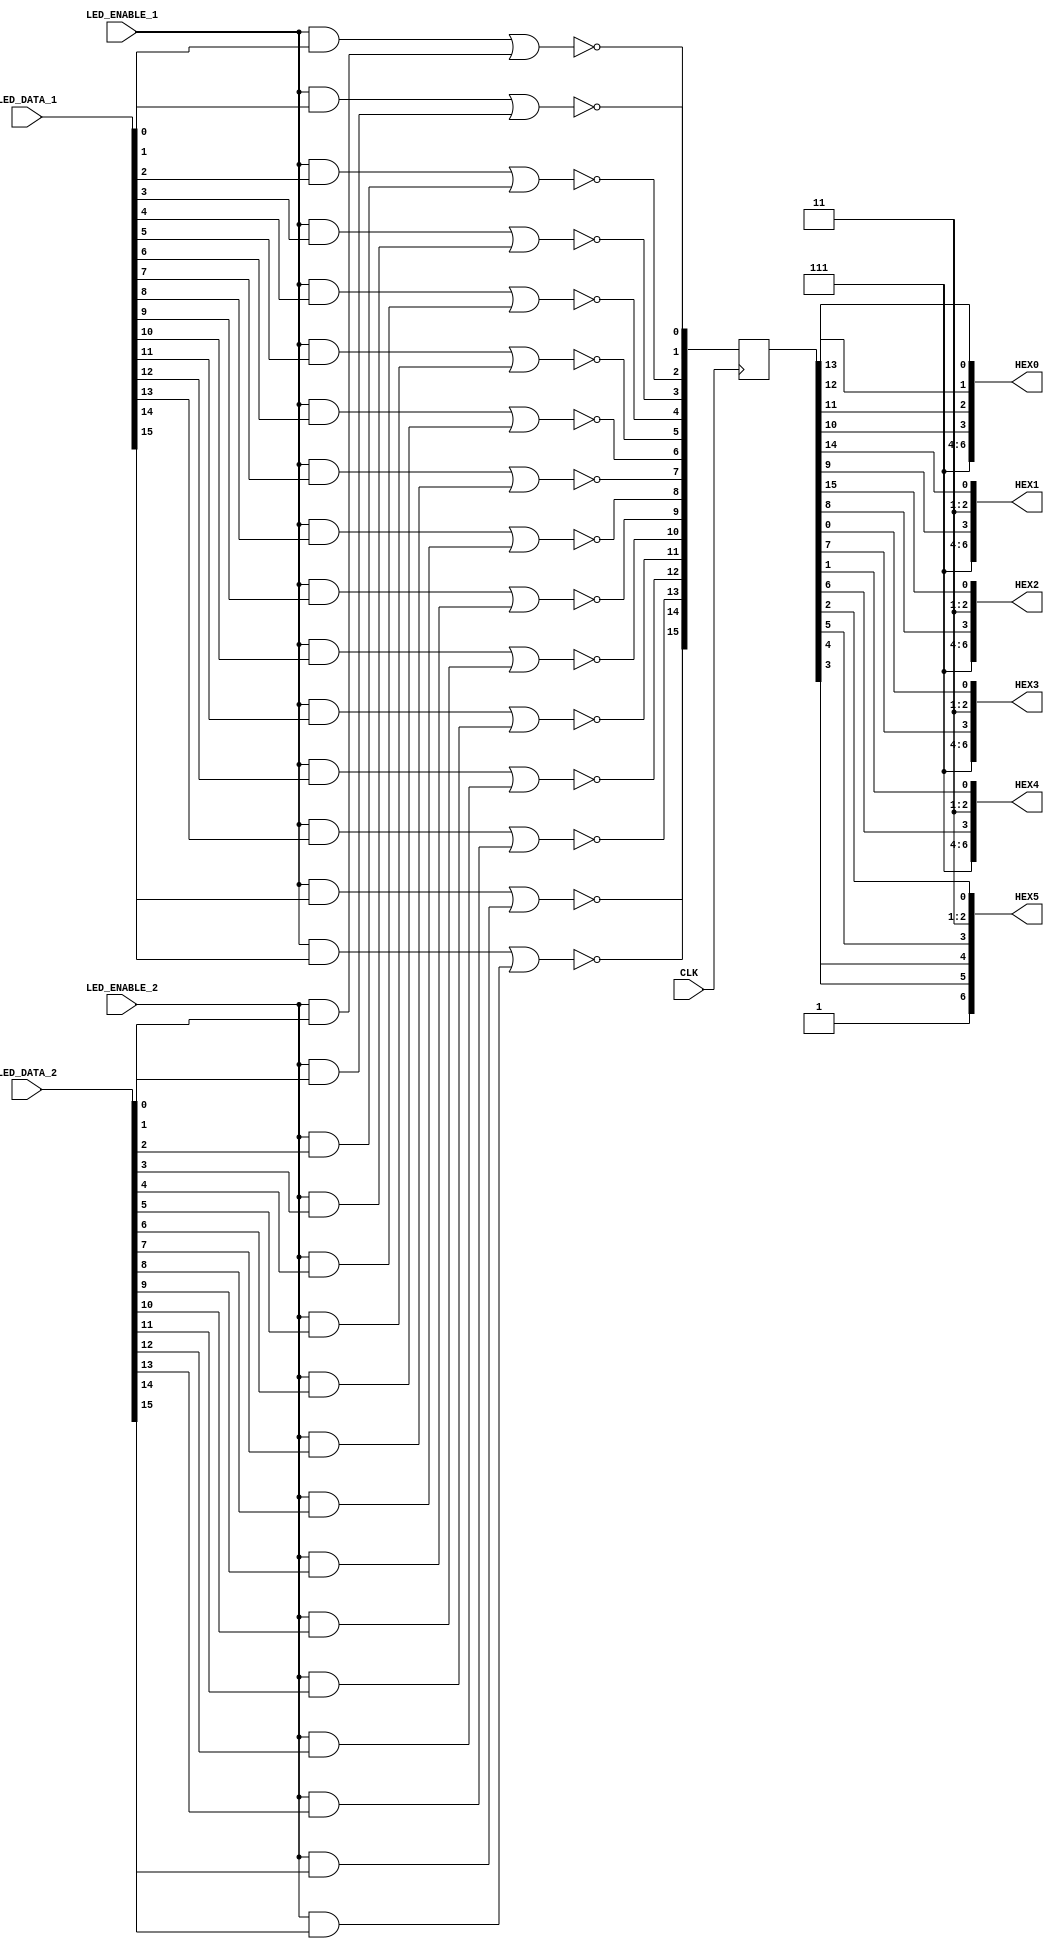
module LED_Segment_Mapper
(
	// Control Signals
	input LED_ENABLE_1,
	input LED_ENABLE_2,
	
	// LED Data Signals
	input [15:0] LED_DATA_1,
	input [15:0] LED_DATA_2,
	
	// Output Signals
	output [6:0] HEX0,
	output [6:0] HEX1,
	output [6:0] HEX2,
	output [6:0] HEX3,
	output [6:0] HEX4,
	output [6:0] HEX5,
	
	// System Signals
	input CLK
);

	//
	// LED Output Registers
	//
	reg [15:0] led_out_reg;
	
	initial
	begin
		led_out_reg = 16'hFFFF;
	end
	
	always @(posedge CLK)
	begin
		led_out_reg[ 0] <= ~( (LED_ENABLE_1 & LED_DATA_1[ 0]) | (LED_ENABLE_2 & LED_DATA_2[ 0]) );
		led_out_reg[ 1] <= ~( (LED_ENABLE_1 & LED_DATA_1[ 1]) | (LED_ENABLE_2 & LED_DATA_2[ 1]) );
		led_out_reg[ 2] <= ~( (LED_ENABLE_1 & LED_DATA_1[ 2]) | (LED_ENABLE_2 & LED_DATA_2[ 2]) );
		led_out_reg[ 3] <= ~( (LED_ENABLE_1 & LED_DATA_1[ 3]) | (LED_ENABLE_2 & LED_DATA_2[ 3]) );
		led_out_reg[ 4] <= ~( (LED_ENABLE_1 & LED_DATA_1[ 4]) | (LED_ENABLE_2 & LED_DATA_2[ 4]) );
		led_out_reg[ 5] <= ~( (LED_ENABLE_1 & LED_DATA_1[ 5]) | (LED_ENABLE_2 & LED_DATA_2[ 5]) );
		led_out_reg[ 6] <= ~( (LED_ENABLE_1 & LED_DATA_1[ 6]) | (LED_ENABLE_2 & LED_DATA_2[ 6]) );
		led_out_reg[ 7] <= ~( (LED_ENABLE_1 & LED_DATA_1[ 7]) | (LED_ENABLE_2 & LED_DATA_2[ 7]) );
		led_out_reg[ 8] <= ~( (LED_ENABLE_1 & LED_DATA_1[ 8]) | (LED_ENABLE_2 & LED_DATA_2[ 8]) );
		led_out_reg[ 9] <= ~( (LED_ENABLE_1 & LED_DATA_1[ 9]) | (LED_ENABLE_2 & LED_DATA_2[ 9]) );
		led_out_reg[10] <= ~( (LED_ENABLE_1 & LED_DATA_1[10]) | (LED_ENABLE_2 & LED_DATA_2[10]) );
		led_out_reg[11] <= ~( (LED_ENABLE_1 & LED_DATA_1[11]) | (LED_ENABLE_2 & LED_DATA_2[11]) );
		led_out_reg[12] <= ~( (LED_ENABLE_1 & LED_DATA_1[12]) | (LED_ENABLE_2 & LED_DATA_2[12]) );
		led_out_reg[13] <= ~( (LED_ENABLE_1 & LED_DATA_1[13]) | (LED_ENABLE_2 & LED_DATA_2[13]) );
		led_out_reg[14] <= ~( (LED_ENABLE_1 & LED_DATA_1[14]) | (LED_ENABLE_2 & LED_DATA_2[14]) );
		led_out_reg[15] <= ~( (LED_ENABLE_1 & LED_DATA_1[15]) | (LED_ENABLE_2 & LED_DATA_2[15]) );
	end
	
	
	//
	// 7-Segment Display Mapping
	//
	// Map the 16 LED Output Signals to the 
	//  outer LED segments of the 7-Segment Display
	//	
	assign HEX3[0] = led_out_reg[ 0];
	assign HEX4[0] = led_out_reg[ 1];
	assign HEX5[0] = led_out_reg[ 2];
	assign HEX5[5] = led_out_reg[ 3];
	assign HEX5[4] = led_out_reg[ 4];
	assign HEX5[3] = led_out_reg[ 5];
	assign HEX4[3] = led_out_reg[ 6];
	assign HEX3[3] = led_out_reg[ 7];
	assign HEX2[3] = led_out_reg[ 8];
	assign HEX1[3] = led_out_reg[ 9];
	assign HEX0[3] = led_out_reg[10];
	assign HEX0[2] = led_out_reg[11];
	assign HEX0[1] = led_out_reg[12];
	assign HEX0[0] = led_out_reg[13];
	assign HEX1[0] = led_out_reg[14];	
	assign HEX2[0] = led_out_reg[15];
	
	
	//
	// Unused Segment Assignments
	//
	// This segment LEDs will not be used to leave turned off.
	// NOTE: The compiler will generate warnings about these signals
	//       begin tied to GND. Those warnings can be ignored.
	//
	assign HEX0[6:4] = ~3'h0;
	assign HEX1[2:1] = ~2'h0;
	assign HEX1[6:4] = ~3'h0;
	assign HEX2[2:1] = ~2'h0;
	assign HEX2[6:4] = ~3'h0;
	assign HEX3[2:1] = ~2'h0;
	assign HEX3[6:4] = ~3'h0;
	assign HEX4[2:1] = ~2'h0;
	assign HEX4[6:4] = ~3'h0;
	assign HEX5[2:1] = ~2'h0;
	assign HEX5[6] = ~1'b0;

endmodule